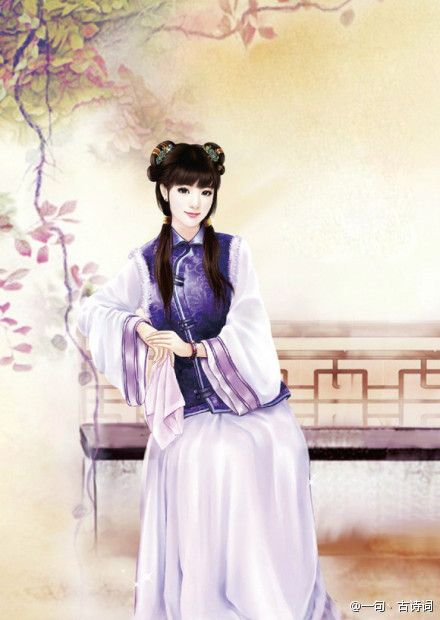
渐秋阑雪清玉瘦，向人无限依依。